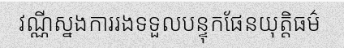
វណ្ណីស្នងការរងទទួលបន្ទុកផែនយុត្តិធម៌